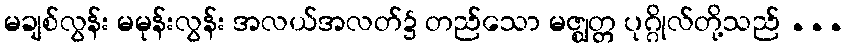
မချစ်လွန်း မမုန်းလွန်း အလယ်အလတ်၌ တည်သော မဇ္ဈတ္တ ပုဂ္ဂိုလ်တို့သည် ...